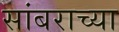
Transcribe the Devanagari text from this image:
सांबराच्या